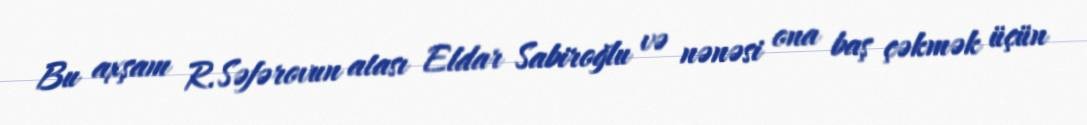
Bu axşam R.Səfərovun atası Eldar Sabiroğlu və nənəsi ona baş çəkmək üçün